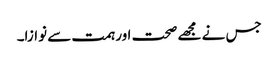
جس نے مجھے صحت اور ہمت سے نوازا۔